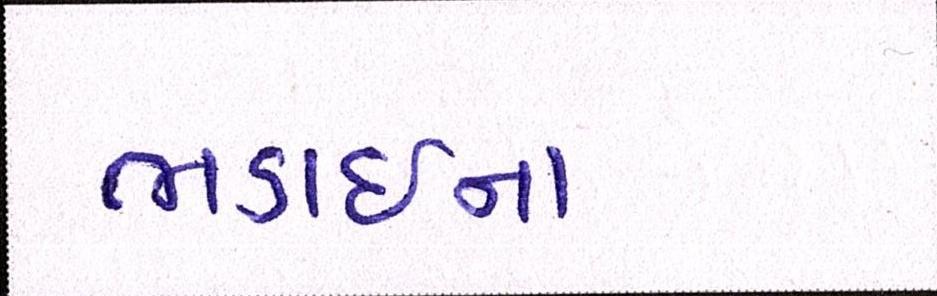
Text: ભડાઈના